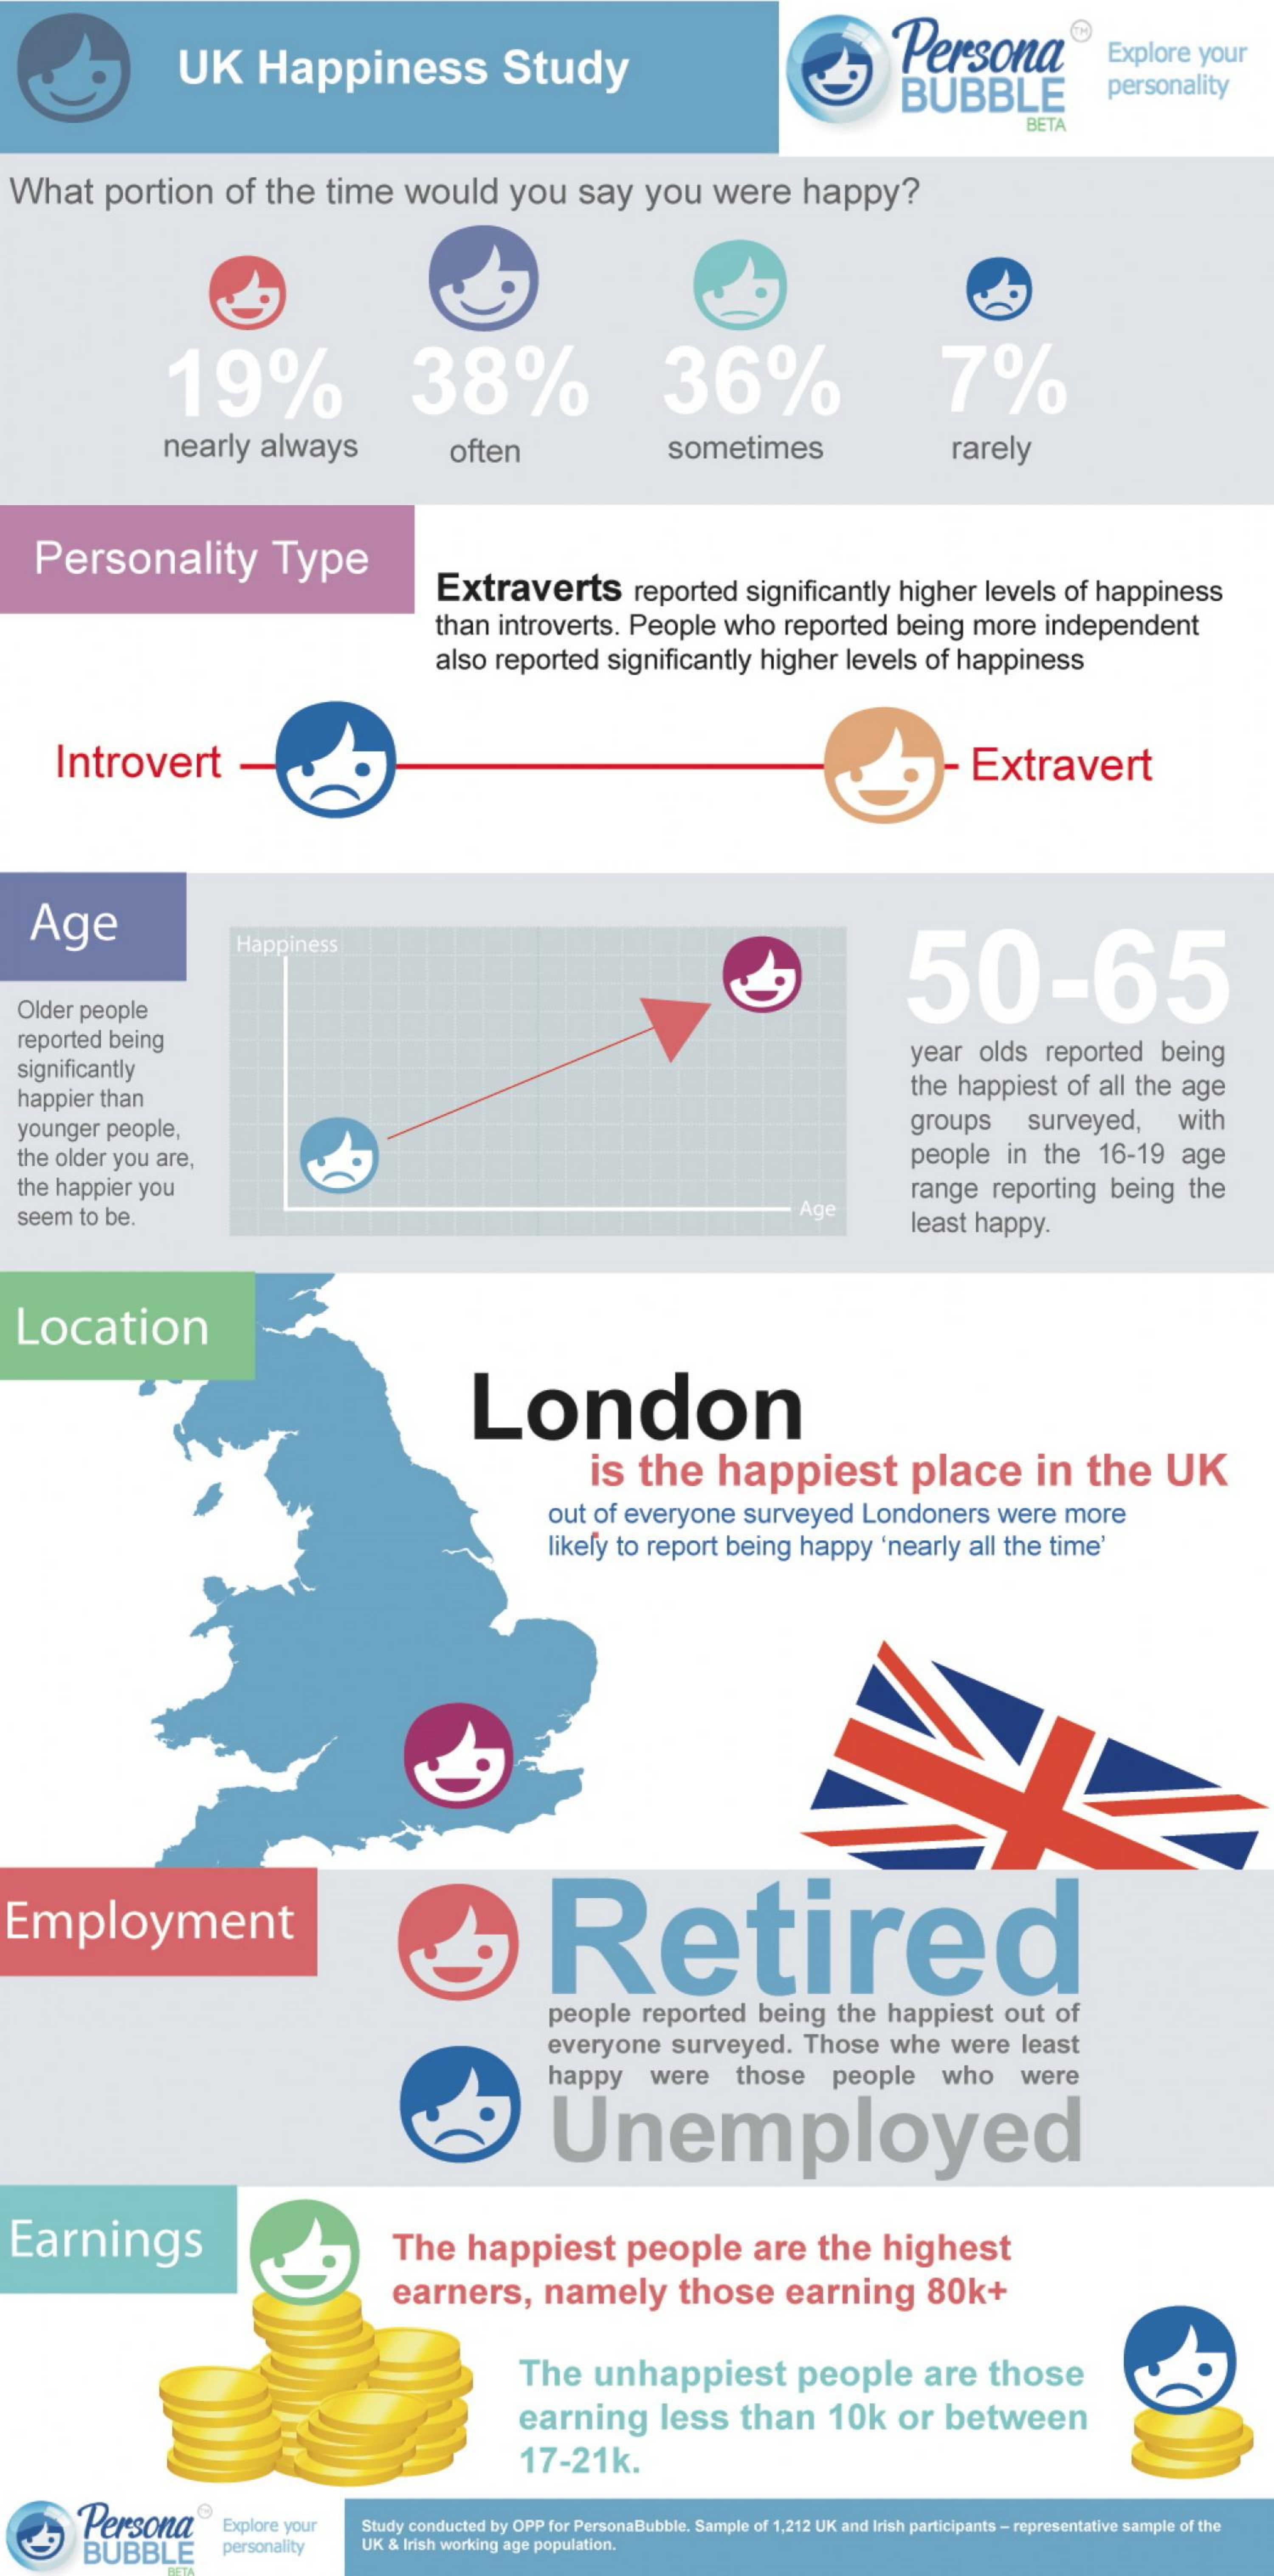
UK    Happiness    Study    Persona®    Explore  your
     BUBBLE    personality
     BETA
  What    portion    of  the    time    would    you    say    you    were    happy?
     19%    38%    36%    7%
     nearly    always    often    sometimes    rarely
    Personality    Type
     Extraverts    reported    significantly   higher    levels  of  happiness
     than  introverts.    People    who   reported    being    more   independent
     also  reported    significantly    higher   levels   of happiness
     Introvert    Extravert
   Age
     Happiness
     50-65
  Older  people
  reported  being
  significantly
     year   olds   reported    being
  happier  than    the  happiest    of all the  age
  younger  people,    groups    surveyed,    with
  the older you  are,    people    in  the   16-19    age
  the happier  you    range    reporting   being    the
  seem  to be.    Age
     least  happy.
  Location
     London
     is  the    happiest    place    in   the    UK
     out  of everyone    surveyed    Londoners    were   more
     likely to report   being   happy   'nearly   all the  time'
  Employment    Retired
     people    reported    being    the  happiest    out   of
     everyone    surveyed.    Those    whe   were    least
     happy    were    those    people    who    were
     Unemployed
  Earnings    The    happiest    people    are    the    highest
     earners,    namely    those    earning    80k+
     The    unhappiest    people    are    those
     earning    less    than    10k    or   between
     17-21k.
     Persona
     BUBBLE
     Explore your   Study conducted by OPP for PersonaBubble. Sample of 1,212 UK and Irish participants - representative sample of the
     personality    UK & Irish working age population.